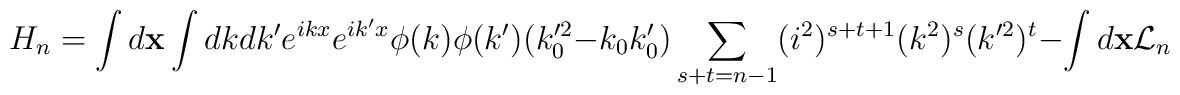
H_n=\int d{\bf x}\int dk dk' e^{ikx}e^{ik'x}\phi (k)\phi (k')(k_0'^2-k_0 k_0')\sum_{s+t=n-1} (i^2)^{s+t+1}(k^2)^s(k'^2)^t-\int d{\bf x} {\cal L}_n